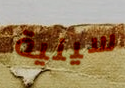
سينية